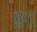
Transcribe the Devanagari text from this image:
हुलू